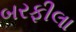
બરફીલા